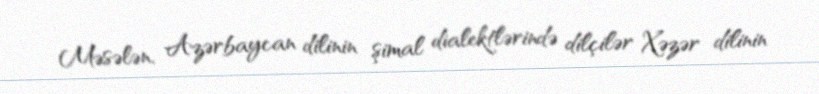
Məsələn, Azərbaycan dilinin şimal dialektlərində dilçilər Xəzər dilinin